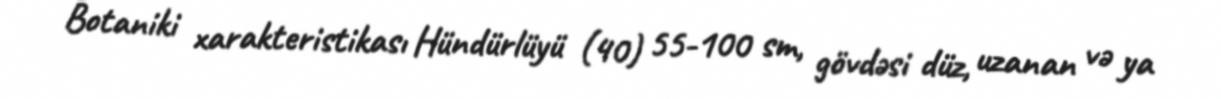
Botaniki xarakteristikası Hündürlüyü (40) 55-100 sm, gövdəsi düz, uzanan və ya